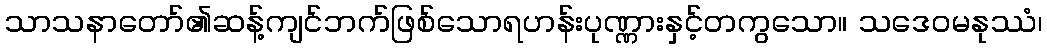
သာသနာတော်၏ဆန့်ကျင်ဘက်ဖြစ်သောရဟန်းပုဏ္ဏားနှင့်တကွသော။ သဒေဝမနုဿံ၊